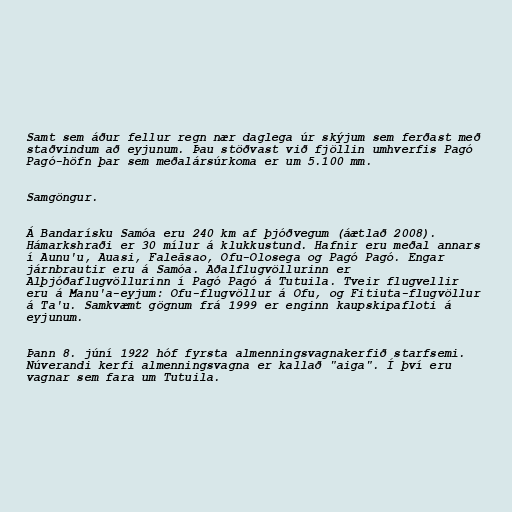
Samt sem áður fellur regn nær daglega úr skýjum sem ferðast með
staðvindum að eyjunum. Þau stöðvast við fjöllin umhverfis Pagó
Pagó-höfn þar sem meðalársúrkoma er um 5.100 mm.

Samgöngur.

Á Bandarísku Samóa eru 240 km af þjóðvegum (áætlað 2008).
Hámarkshraði er 30 mílur á klukkustund. Hafnir eru meðal annars
í Aunu'u, Auasi, Faleāsao, Ofu-Olosega og Pagó Pagó. Engar
járnbrautir eru á Samóa. Aðalflugvöllurinn er
Alþjóðaflugvöllurinn í Pagó Pagó á Tutuila. Tveir flugvellir
eru á Manu'a-eyjum: Ofu-flugvöllur á Ofu, og Fitiuta-flugvöllur
á Ta'u. Samkvæmt gögnum frá 1999 er enginn kaupskipafloti á
eyjunum.

Þann 8. júní 1922 hóf fyrsta almenningsvagnakerfið starfsemi.
Núverandi kerfi almenningsvagna er kallað "aiga". Í því eru
vagnar sem fara um Tutuila.